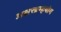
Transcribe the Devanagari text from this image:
अक्षरब्रम्हयोग